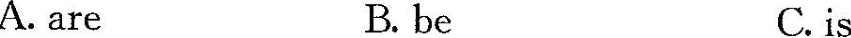
A. are B. be C. is